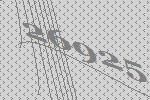
26925